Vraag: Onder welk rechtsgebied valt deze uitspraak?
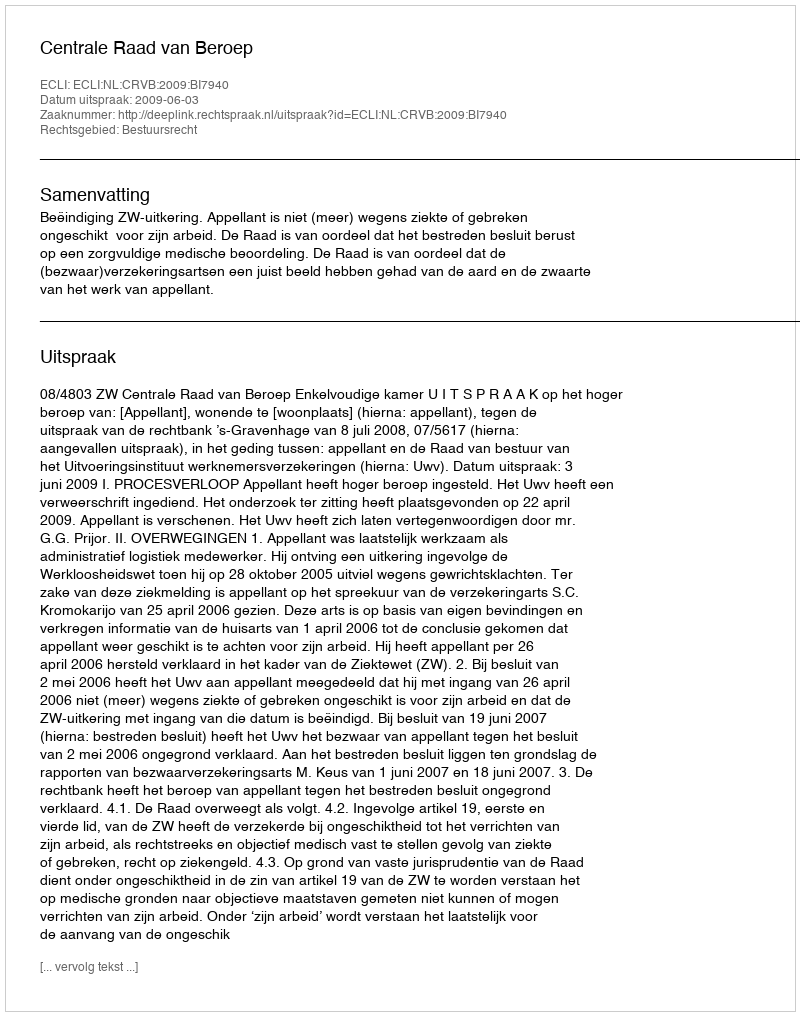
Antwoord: Bestuursrecht